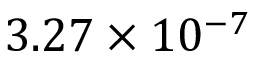
3 . 2 7 \times 1 0 ^ { - 7 }